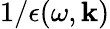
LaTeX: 1/\epsilon(\omega,\boldsymbol{\mathbf{k}})